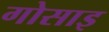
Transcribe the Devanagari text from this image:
गोसाइ